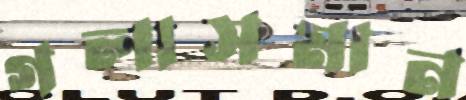
গলাসমান